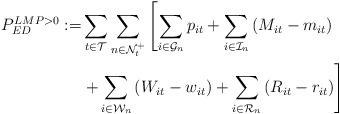
LaTeX: \begin{align*} P_{ED}^{LMP>0} := &\sum_{t\in\mathcal{T}} \sum_{n \in \mathcal{N}_t^+} \left[ \sum_{i\in\mathcal{G}_n} p_{it} + \sum_{i\in\mathcal{I}_n} \left( M_{it} - m_{it} \right) \right. \\ &\left .+ \sum_{i\in\mathcal{W}_n} \left(W_{it} - w_{it} \right) + \sum_{i\in\mathcal{R}_n} \left(R_{it}-r_{it}\right)\right]\end{align*}